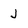
Character: J